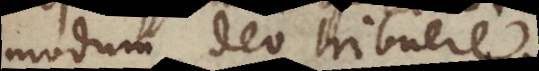
modum Deo tribuere.